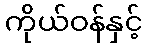
ကိုယ်ဝန်နှင့်